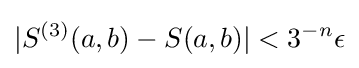
|S^{(3)}(a,b)-S(a,b)|<3^{-n}\epsilon